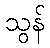
သွန်